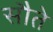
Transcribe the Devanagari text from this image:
सौते